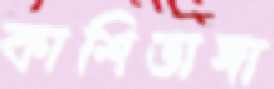
কাশিডাঙ্গা